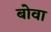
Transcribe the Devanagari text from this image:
बोवा